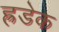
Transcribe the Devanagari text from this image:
ह्रडेक